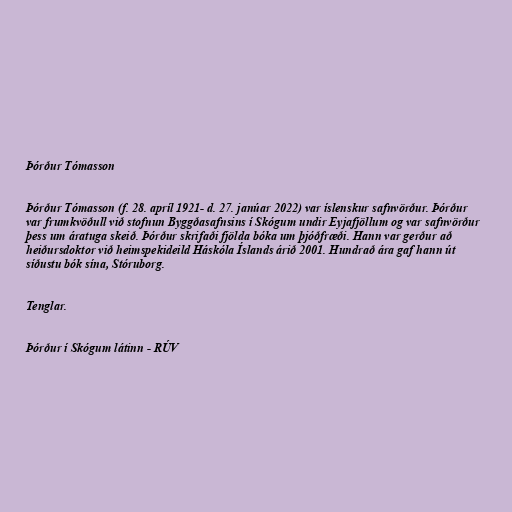
Þórður Tómasson

Þórður Tómasson (f. 28. apríl 1921- d. 27. janúar 2022) var íslenskur safnvörður. Þórður
var frumkvöðull við stofnun Byggðasafnsins í Skógum undir Eyjafjöllum og var safnvörður
þess um áratuga skeið. Þórður skrifaði fjölda bóka um þjóðfræði. Hann var gerður að
heiðursdoktor við heimspekideild Háskóla Íslands árið 2001. Hundrað ára gaf hann út
síðustu bók sína, Stóruborg.

Tenglar.

Þórður í Skógum látinn - RÚV